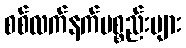
စစ်လက်နက်ပစ္စည်းများ